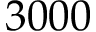
3 0 0 0